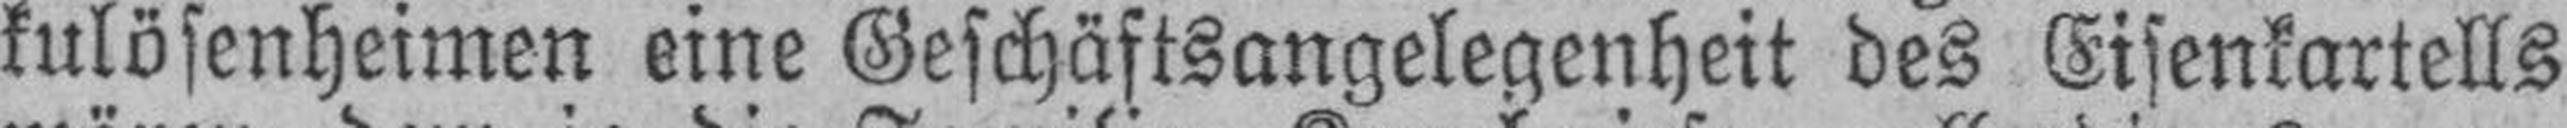
kulösenheimen eine Geschäftsangelegenheit des Eisenkartells